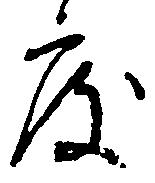
度